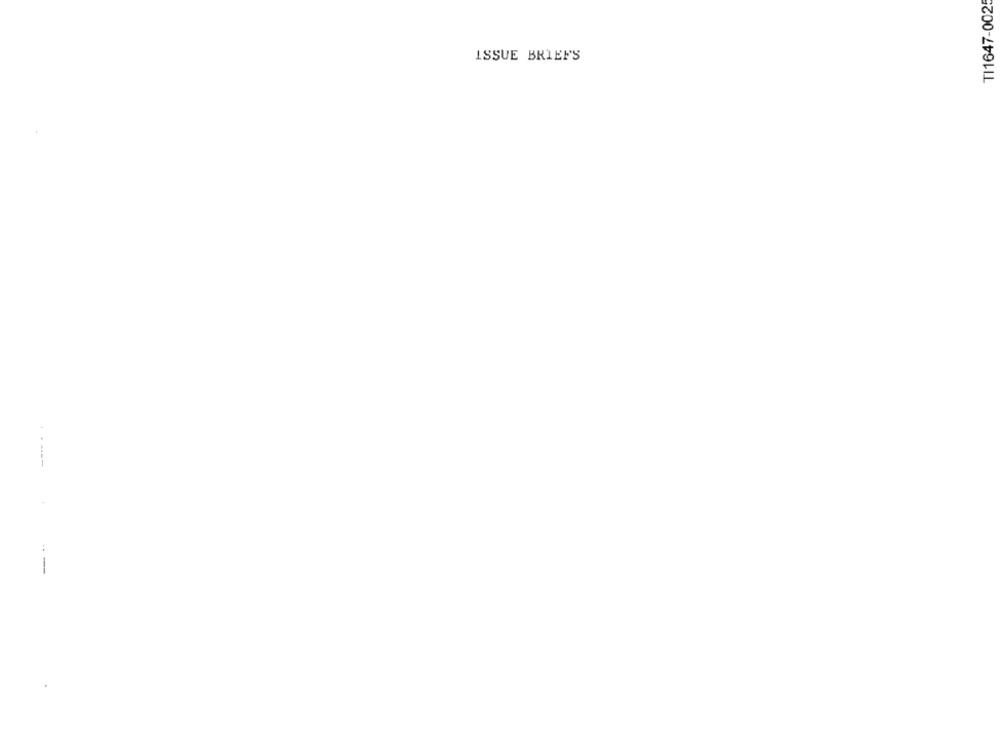
TI1647-0025
ISSUE BRIEF'S